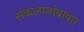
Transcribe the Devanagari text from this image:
संकल्पनांबाबत